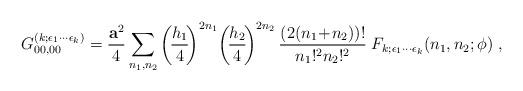
LaTeX: \begin{align*}G^{(k;\epsilon_1\cdots\epsilon_k)}_{00,00}=\frac{{\bf a}^2}{4}\sum_{n_1,n_2}\left(\!\frac{h_1}{4}\!\right)^{2n_1}\!\left(\!\frac{h_2}{4}\!\right)^{2n_2}\frac{(2(n_1\!+\!n_2))!}{n_1!^2n_2!^2}\;F_{k;\epsilon_1\cdots\epsilon_k}(n_1,n_2;\phi)\; ,\end{align*}